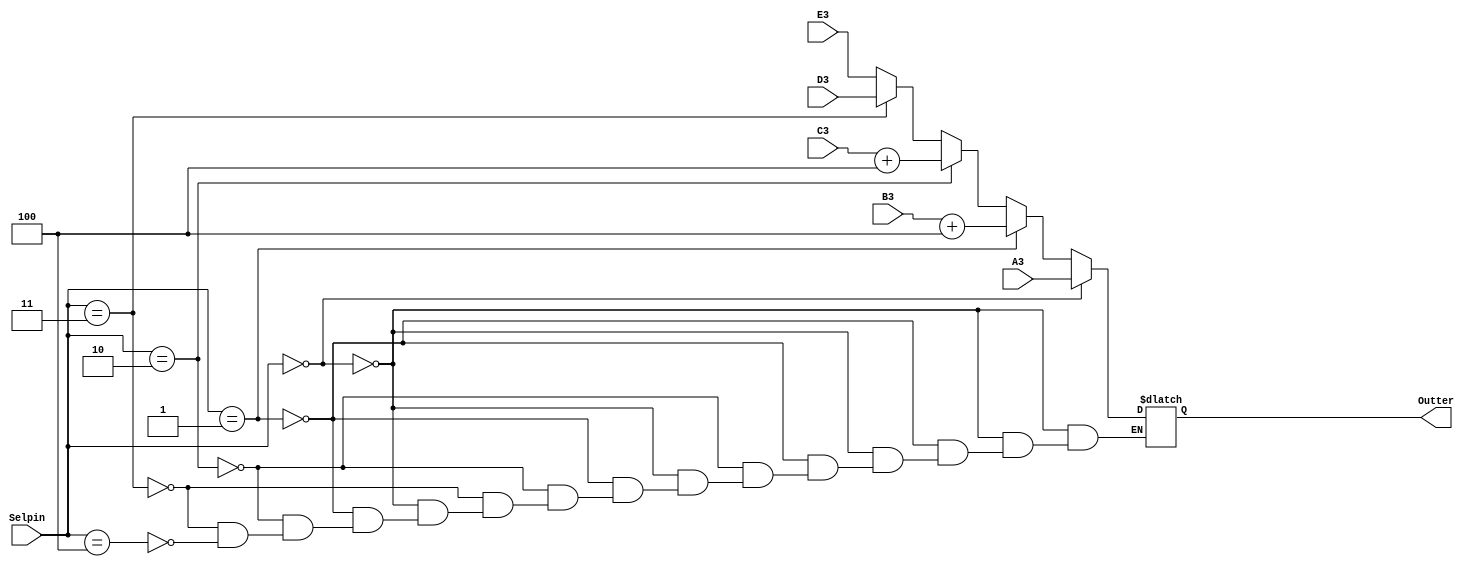
module mux3 (A3,B3,C3,D3,E3,Selpin,Outter);
    input wire [31:0]A3;
    input wire [31:0]B3;
    input wire [31:0]C3;
    input wire [31:0]D3;
    input wire [31:0]E3;
   // input wire [31:0]alu_out;

input wire  [2:0]Selpin;
output reg [31:0]Outter;
always @(*) begin
    if(Selpin==3'b000)begin
        Outter=A3;
    end
    else if (Selpin==3'b001)begin
        Outter=B3+32'd4;

    end
    else if(Selpin==3'b010)begin
        Outter=C3+32'd4;
    end
    else if(Selpin==3'b011)begin
       Outter=D3;
    end
    else if(Selpin==3'b100)begin
        Outter=E3;
    end
    

 end
    
endmodule